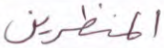
المنظرين